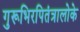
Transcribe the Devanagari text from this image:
गुरूभिरपितंत्रालोके